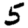
Digit: 5